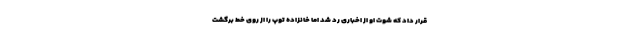
قرار داد که شوت او از اخباری رد شد اما خانزاده توپ را از روی خط برگشت